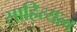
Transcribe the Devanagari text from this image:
साहित्यत्व